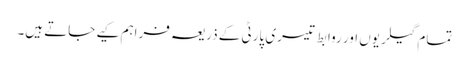
تمام گیلریوں اور روابط تیسری پارٹی کے ذریعہ فراہم کیے جاتے ہیں۔